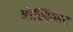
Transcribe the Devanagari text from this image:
होस्पित्लर